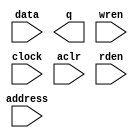
module ram1 (
		input  wire [31:0] data,    //    data.datain
		output wire [31:0] q,       //       q.dataout
		input  wire [9:0]  address, // address.address
		input  wire        wren,    //    wren.wren
		input  wire        clock,   //   clock.clk
		input  wire        aclr,    //    aclr.reset
		input  wire        rden     //    rden.rden
	);
endmodule